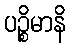
ပဉ္စိမာနိ